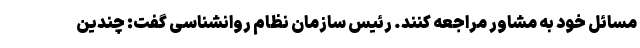
مسائل خود به مشاور مراجعه کنند. رئیس سازمان نظام روانشناسی گفت: چندین